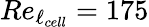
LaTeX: Re_{\ell_{cell}}=175